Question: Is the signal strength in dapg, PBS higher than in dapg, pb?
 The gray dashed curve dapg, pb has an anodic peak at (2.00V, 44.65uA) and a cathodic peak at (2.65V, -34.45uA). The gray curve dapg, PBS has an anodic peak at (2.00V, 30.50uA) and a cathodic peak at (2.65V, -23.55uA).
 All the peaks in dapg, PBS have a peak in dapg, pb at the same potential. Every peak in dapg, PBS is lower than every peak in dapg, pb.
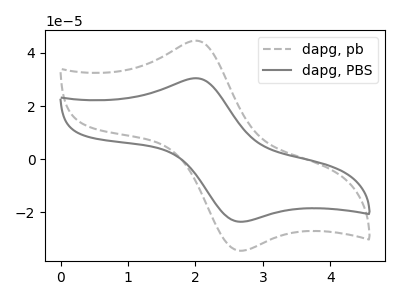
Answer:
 <answer>"dapg, PBS" has less signal than "dapg, pb".</answer>
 <eval>less_signal</eval>